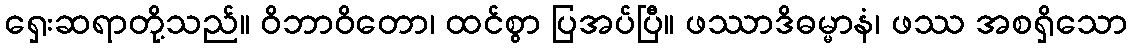
ရှေးဆရာတို့သည်။ ဝိဘာဝိတော၊ ထင်စွာ ပြအပ်ပြီ။ ဖဿာဒိဓမ္မာနံ၊ ဖဿ အစရှိသော